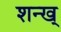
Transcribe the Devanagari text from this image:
शन्ख्